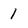
Character: 1